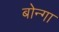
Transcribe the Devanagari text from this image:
बोन्‍गा